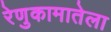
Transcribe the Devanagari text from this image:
रेणुकामातेला